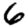
Digit: 6